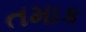
તમાક